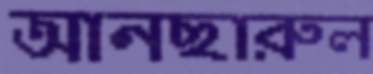
আনছারুল